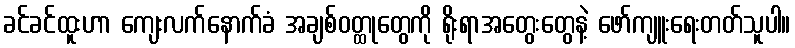
ခင်ခင်ထူးဟာ ကျေးလက်နောက်ခံ အချစ်ဝတ္ထုတွေကို ရိုးရာအတွေးတွေနဲ့ ဖော်ကျူးရေးတတ်သူပါ။